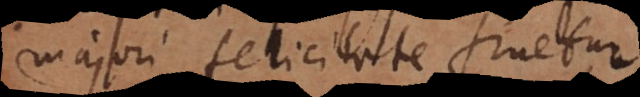
majori felicitate fruetur.